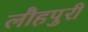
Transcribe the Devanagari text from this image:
लौहपुरी